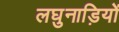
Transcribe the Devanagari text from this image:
लघुनाड़ियों